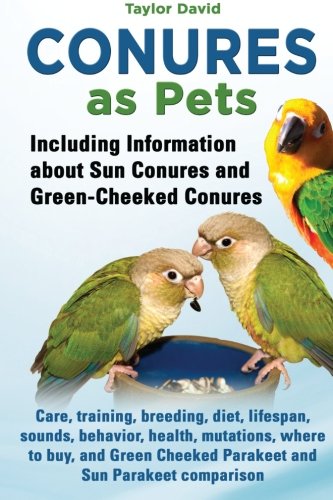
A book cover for Conures as Pets: Including Information about Sun Conures and Green-Cheeked Conures: Care, training, breeding, diet, lifespan, sounds, behavior, ... Cheeked Parakeet and Sun Parakeet comparison; Taylor David; Crafts, Hobbies & Home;